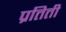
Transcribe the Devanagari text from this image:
प्रतिती